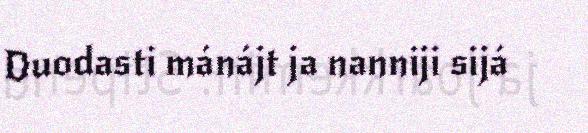
Duodasti mánájt ja nanniji sijá